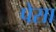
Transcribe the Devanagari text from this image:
पेसा